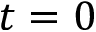
t = 0